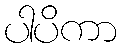
ပါပိကာ